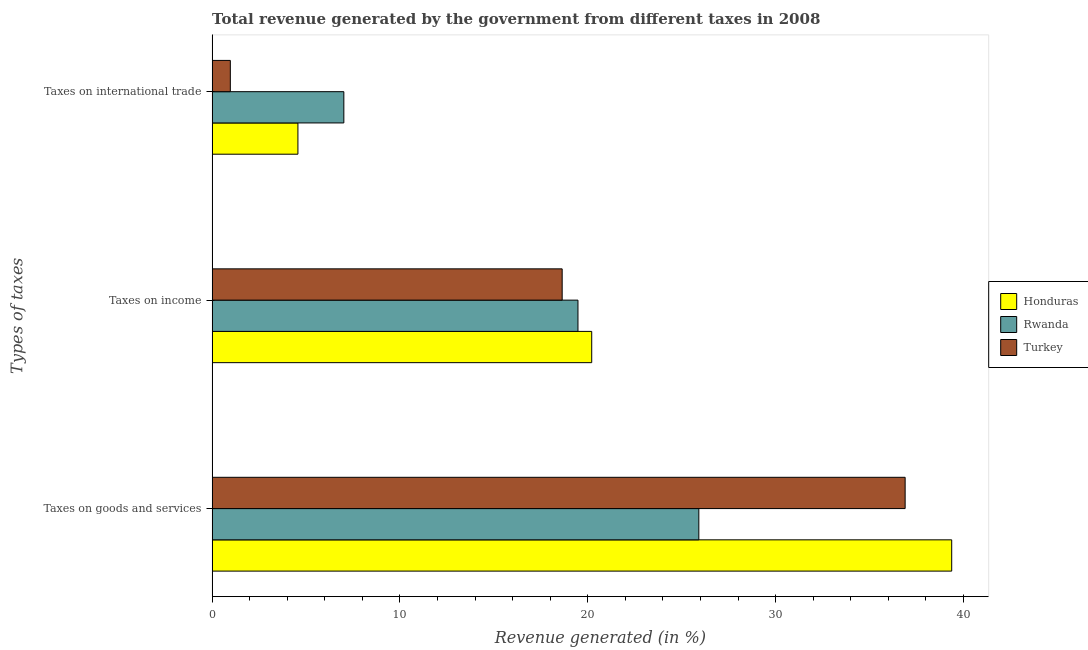
| Types of taxes | Honduras | Rwanda | Turkey |
 | --- | --- | --- | --- |
 | Taxes on goods and services | 39.4 | 25.9 | 36.9 |
 | Taxes on income | 20.2 | 19.5 | 18.6 |
 | Taxes on international trade | 4.57 | 7.01 | 0.97 |